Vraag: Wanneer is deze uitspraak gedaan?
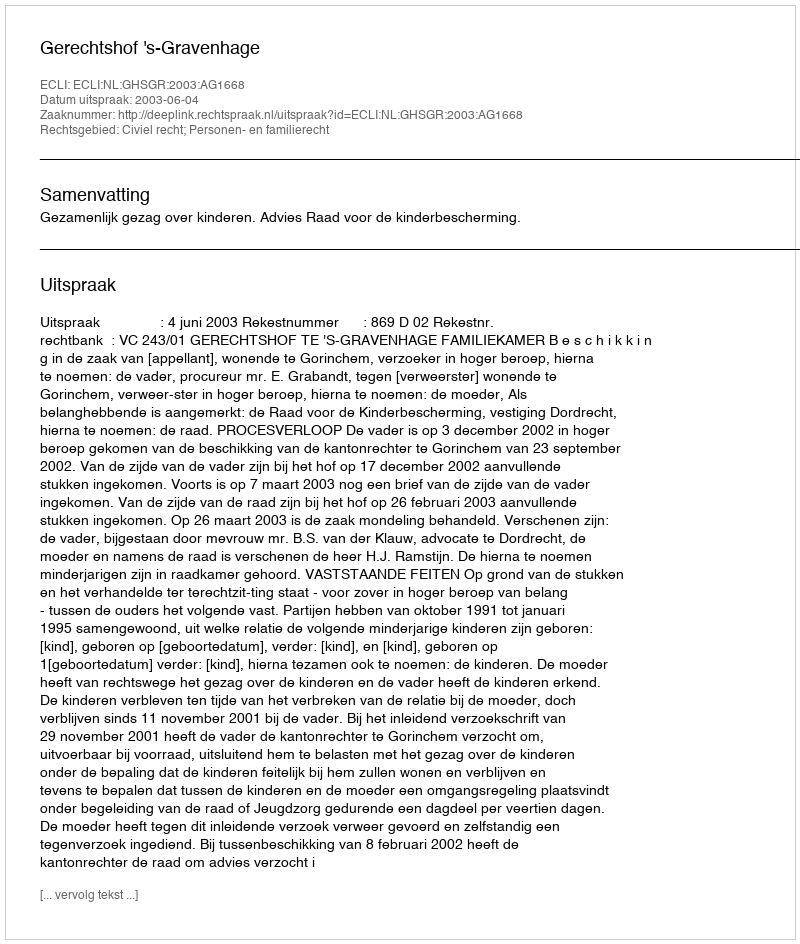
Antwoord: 2003-06-04